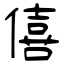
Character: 僖